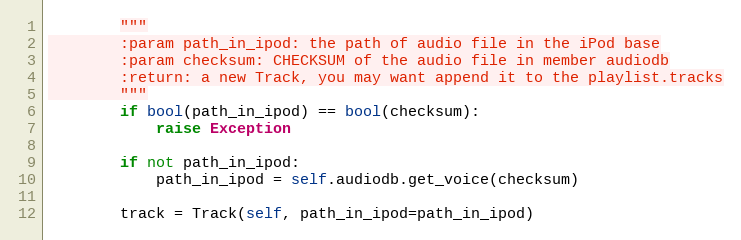
Language: Python
        """
        :param path_in_ipod: the path of audio file in the iPod base
        :param checksum: CHECKSUM of the audio file in member audiodb
        :return: a new Track, you may want append it to the playlist.tracks
        """
        if bool(path_in_ipod) == bool(checksum):
            raise Exception

        if not path_in_ipod:
            path_in_ipod = self.audiodb.get_voice(checksum)

        track = Track(self, path_in_ipod=path_in_ipod)